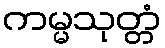
ကမ္မသုတ္တံ